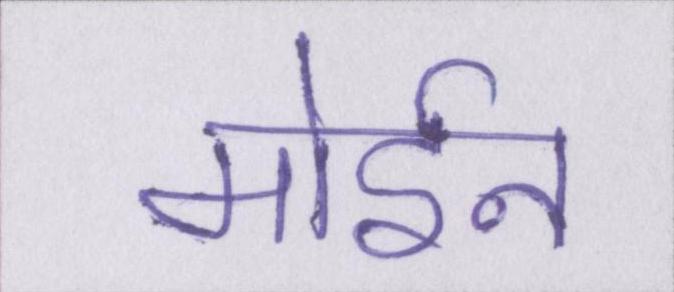
मोईन